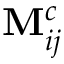
\mathbf { M } _ { i j } ^ { c }